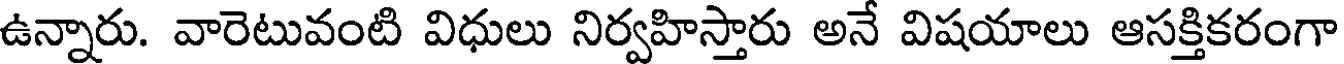
ఉన్నారు. వారెటువంటి విధులు నిర్వహిస్తారు అనే విషయాలు ఆసక్తికరంగా